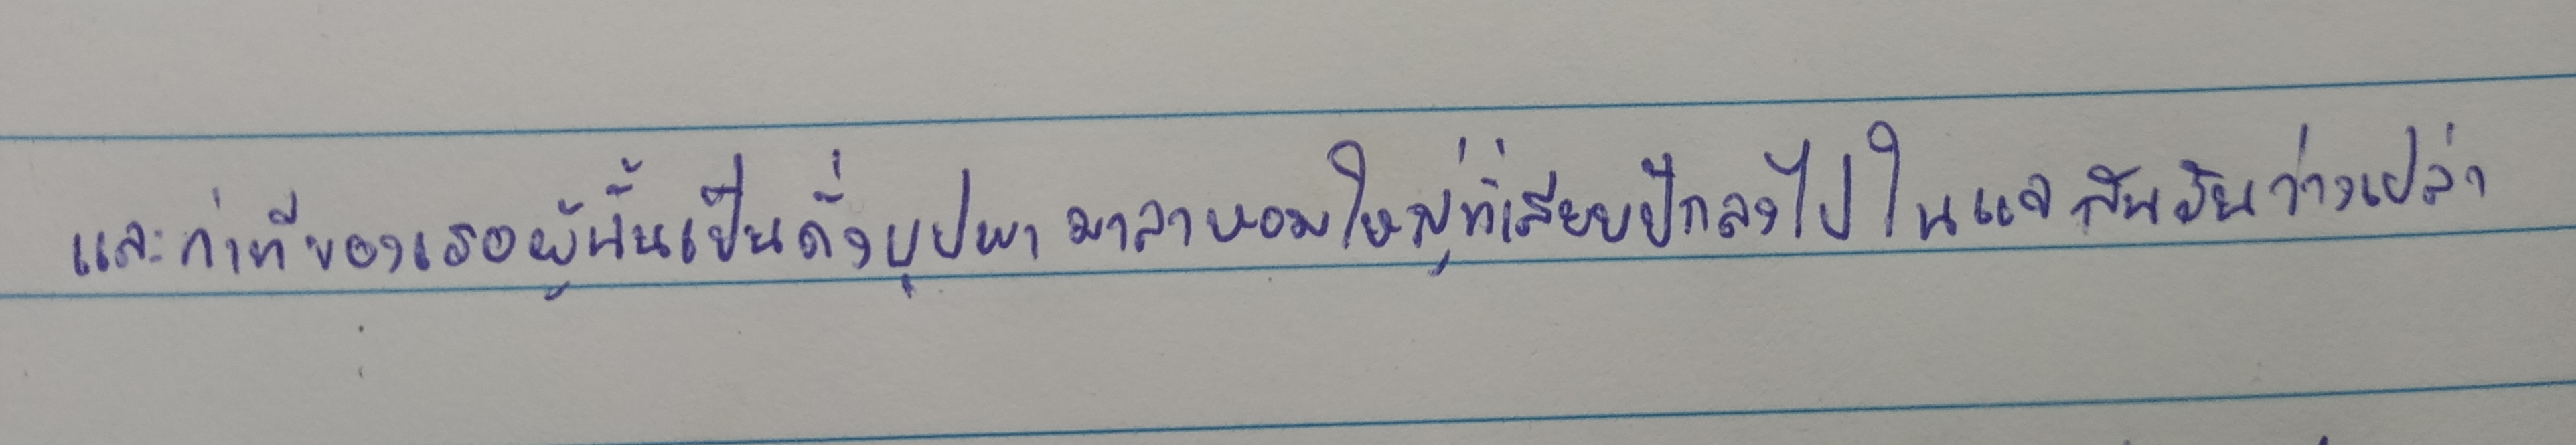
และท่าทีของเธอผู้นั้นเป็นดั่งบุปผามาลาหอบใหญ่ที่เสียบปักลงไปในแจกันอันว่างเปล่า...